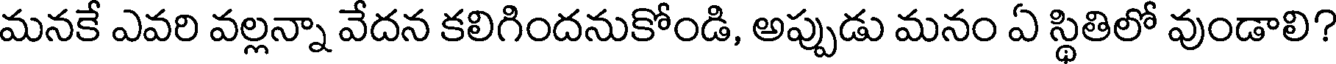
మనకే ఎవరి వల్లన్నా వేదన కలిగిందనుకోండి, అప్పుడు మనం ఏ స్థితిలో వుండాలి?